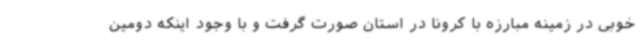
خوبی در زمینه مبارزه با کرونا در استان صورت گرفت و با وجود اینکه دومین